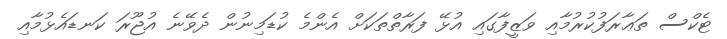
ޓެކްސް ތަޢާރަފުކުރުމާއި ވަޒީފާގައި އުޅޭ ފަރާތްތަކަށް އެންމެ ކުޑަމިނުން ދެވޭނެ އުޖޫރަ ކަނޑައެޅުމާއި